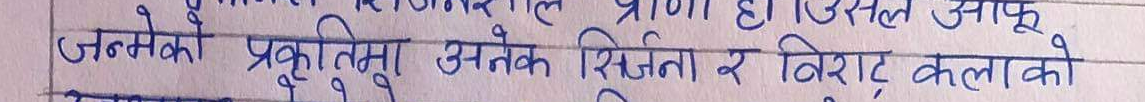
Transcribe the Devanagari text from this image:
जन्मको प्रकृतिमा अनेक सिर्जना र विराट् कलाको